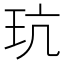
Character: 𪻑